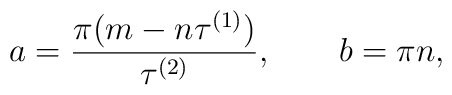
a= {\pi({m-n}\tau^{(1)})\over \tau^{(2)}},\qquad b=\pi {n},